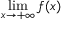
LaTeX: \operatorname* { l i m } _ { x \to + \infty } { f ( x ) }